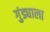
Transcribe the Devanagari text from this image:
गुंड्याला